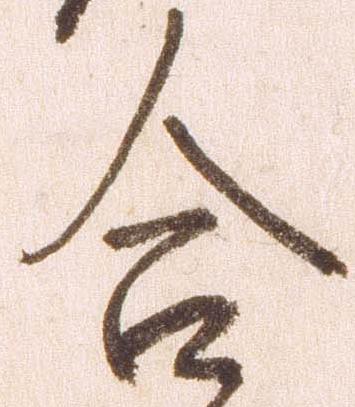
合